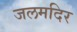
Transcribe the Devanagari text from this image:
जलमदिर